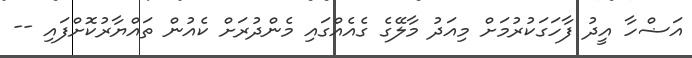
އަޟްހާ އީދު ފާހަގަކުރުމަށް މިއަދު މާލޭގެ ގެއެއްގައި މެންދުރަށް ކެއުން ތައްޔާރުކޮށްފައި --